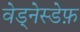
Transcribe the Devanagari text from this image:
वेड्नेस्डेफ़